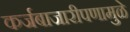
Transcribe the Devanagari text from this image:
कर्जबाजारीपणामुळे